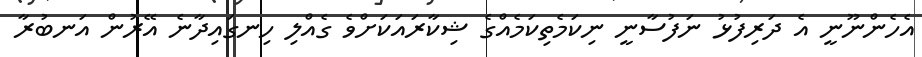
އެހެންނޫނީ އެ ދަރިފުޅު ނަފުސާނީ ނިކަމެތިކަމެއްގެ ޝިކާރައަކަށްވެ ގެއްލި ހިނގައިދާނެ އޭރުން އަނބުރާ